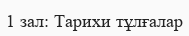
1 зал: Тарихи тұлғалар